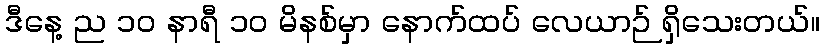
ဒီနေ့ ည ၁၀ နာရီ ၁၀ မိနစ်မှာ နောက်ထပ် လေယာဉ် ရှိသေးတယ်။